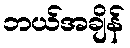
ဘယ်အချိန်